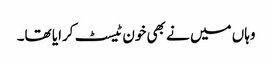
وہاں میں نے بھی خون ٹیسٹ کرایا تھا۔